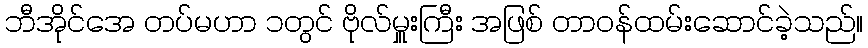
ဘီအိုင်အေ တပ်မဟာ ၁တွင် ဗိုလ်မှူးကြီး အဖြစ် တာဝန်ထမ်းဆောင်ခဲ့သည်။